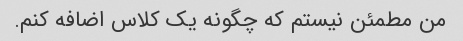
من مطمئن نیستم که چگونه یک کلاس اضافه کنم.